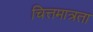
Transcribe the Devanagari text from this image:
चित्तमात्रता